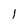
Character: 1